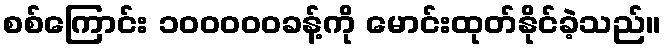
စစ်ကြောင်း ၁၀၀၀၀၀ခန့်ကို မောင်းထုတ်နိုင်ခဲ့သည်။